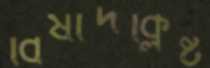
বিষাদক্লিষ্ট